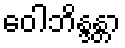
ဝေါဘိန္ဒန္တာ